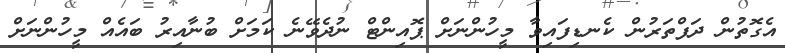
އެގޮތުން ދަފްތަރުން ކެނޑިފައިވާ މީހުންނަށް ޕޮއިންޓް ނުދެވޭނެ ކަމަށް ބުނާއިރު ބައެއް މީހުންނަށް